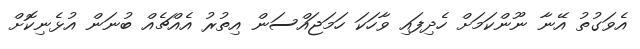
އެވަގުތު އޭނާ ނޫންކަމަށް ހެދިފައި ވާހަކަ ހަމަޖައްސަން އިތުރު އެއްޗެއް ބުނަން އުޅެނިކޮށް